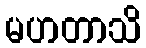
မဟတာသိ